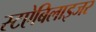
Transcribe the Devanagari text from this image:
स्टऐबिलाइजर